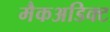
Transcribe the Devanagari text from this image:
मैकअडिक्ट